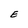
Character: E